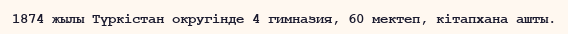
1874 жылы Түркістан округінде 4 гимназия, 60 мектеп, кітапхана ашты.